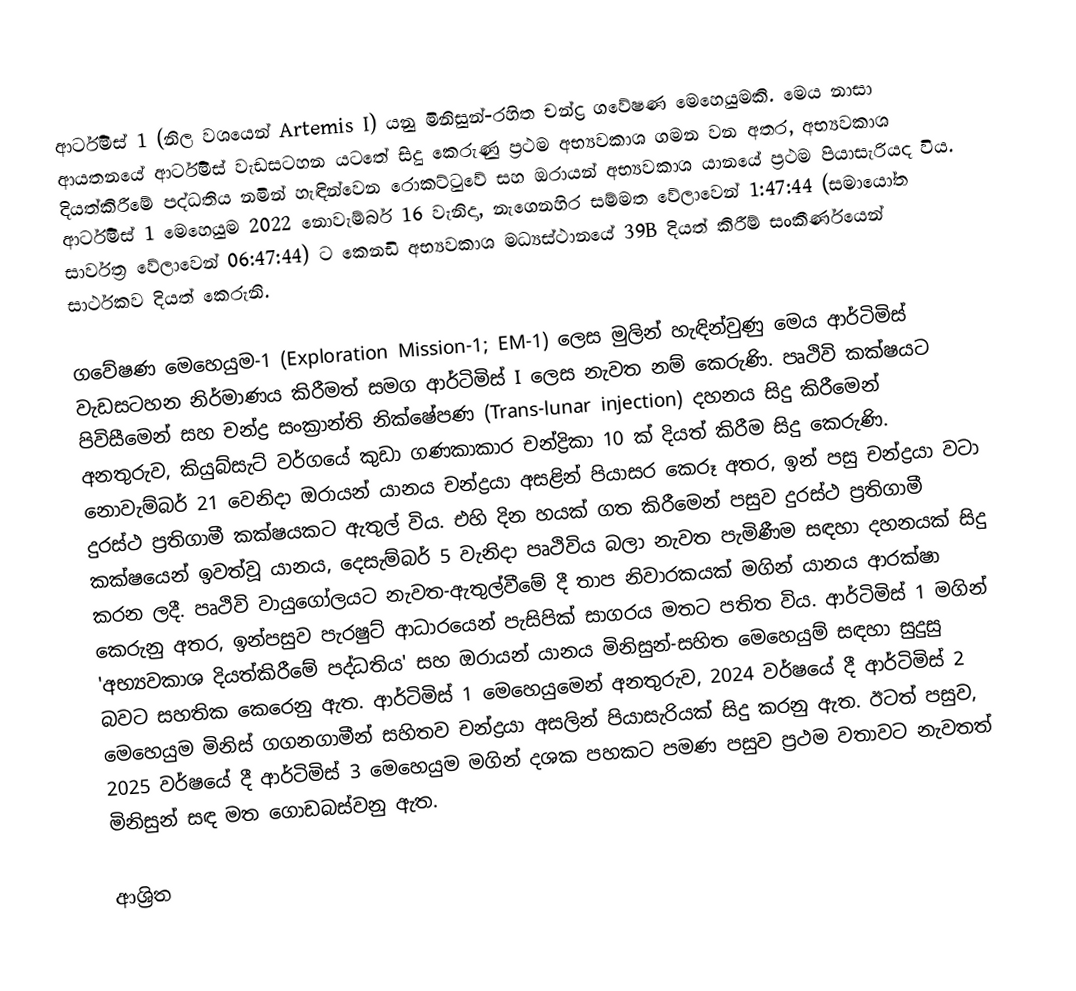
ආර්ටිමිස් 1 (නිල වශයෙන් Artemis I) යනු මිනිසුන්-රහිත චන්ද්‍ර ගවේෂණ මෙහෙයුමකි. මෙය නාසා ආයතනයේ ආර්ටිමිස් වැඩසටහන යටතේ සිදු කෙරුණු ප්‍රථම අභ්‍යවකාශ ගමන වන අතර, අභ්‍යවකාශ දියත්කිරීමේ පද්ධතිය නමින් හැඳින්වෙන රොකට්ටුවේ සහ ඔරායන් අභ්‍යවකාශ යානයේ ප්‍රථම පියාසැරියද විය. ආර්ටිමිස් 1 මෙහෙයුම 2022 නොවැම්බර් 16 වැනිදා, නැගෙනහිර සම්මත වේලාවෙන් 1:47:44 (සමායෝත සාර්වත්‍ර වේලාවෙන් 06:47:44) ට කෙනඩි අභ්‍යවකාශ මධ්‍යස්ථානයේ 39B දියත් කිරීම් සංකීර්ණයෙන් සාර්ථකව දියත් කෙරුනි.

ගවේෂණ මෙහෙයුම-1 (Exploration Mission-1; EM-1) ලෙස මුලින් හැඳින්වුණු මෙය ආර්ටිමිස් වැඩසටහන නිර්මාණය කිරීමත් සමග ආර්ටිමිස් I ලෙස නැවත නම් කෙරුණි. පෘථිවි කක්ෂයට පිවිසීමෙන් සහ චන්ද්‍ර සංක්‍රාන්ති නික්ෂේපණ (Trans-lunar injection) දහනය සිදු කිරීමෙන් අනතුරුව, කියුබ්සැට් වර්ගයේ කුඩා ගණකාකාර චන්ද්‍රිකා 10 ක් දියත් කිරීම සිදු කෙරුණි. නොවැම්බර් 21 වෙනිදා ඔරායන් යානය චන්ද්‍රයා අසළින් පියාසර කෙරූ අතර, ඉන් පසු චන්ද්‍රයා වටා දුරස්ථ ප්‍රතිගාමී කක්ෂයකට ඇතුල් විය. එහි දින හයක් ගත කිරීමෙන් පසුව දුරස්ථ ප්‍රතිගාමී කක්ෂයෙන් ඉවත්වූ යානය, දෙසැම්බර් 5 වැනිදා පෘථිවිය බලා නැවත පැමිණීම සඳහා දහනයක් සිදු කරන ලදී. පෘථිවි වායුගෝලයට නැවත-ඇතුල්වීමේ දී තාප නිවාරකයක් මගින් යානය ආරක්ෂා කෙරුනු අතර, ඉන්පසුව පැරෂුට් ආධාරයෙන් පැසිපික් සාගරය මතට පතිත විය. ආර්ටිමිස් 1 මගින් 'අභ්‍යවකාශ දියත්කිරීමේ පද්ධතිය' සහ ඔරායන් යානය මිනිසුන්-සහිත මෙහෙයුම් සඳහා සුදුසු බවට සහතික කෙරෙනු ඇත. ආර්ටිමිස් 1 මෙහෙයුමෙන් අනතුරුව, 2024 වර්ෂයේ දී ආර්ටිමිස් 2 මෙහෙයුම මිනිස් ගගනගාමීන් සහිතව චන්ද්‍රයා අසලින් පියාසැරියක් සිදු කරනු ඇත. ඊටත් පසුව, 2025 වර්ෂයේ දී ආර්ටිමිස් 3 මෙහෙයුම මගින් දශක පහකට පමණ පසුව ප්‍රථම වතාවට නැවතත් මිනිසුන් සඳ මත ගොඩබස්වනු ඇත.

ආශ්‍රිත